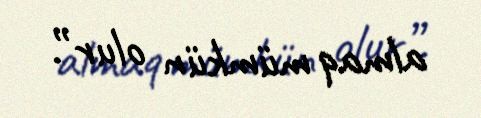
almaq mümkün olur”.